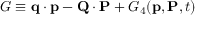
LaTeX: G \equiv \mathbf { q } \cdot \mathbf { p } - \mathbf { Q } \cdot \mathbf { P } + G _ { 4 } ( \mathbf { p } , \mathbf { P } , t )